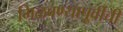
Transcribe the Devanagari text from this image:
मिळवण्यापूर्वीची